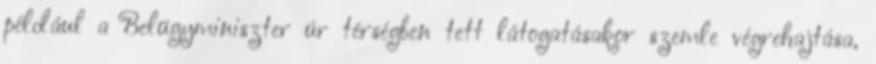
például a Belügyminiszter úr térségben tett látogatásakor szemle végrehajtása,